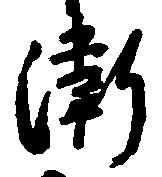
衛